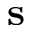
\mathbf { s }